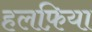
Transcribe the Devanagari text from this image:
हलफ़िया